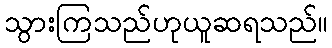
သွားကြသည်ဟုယူဆရသည်။